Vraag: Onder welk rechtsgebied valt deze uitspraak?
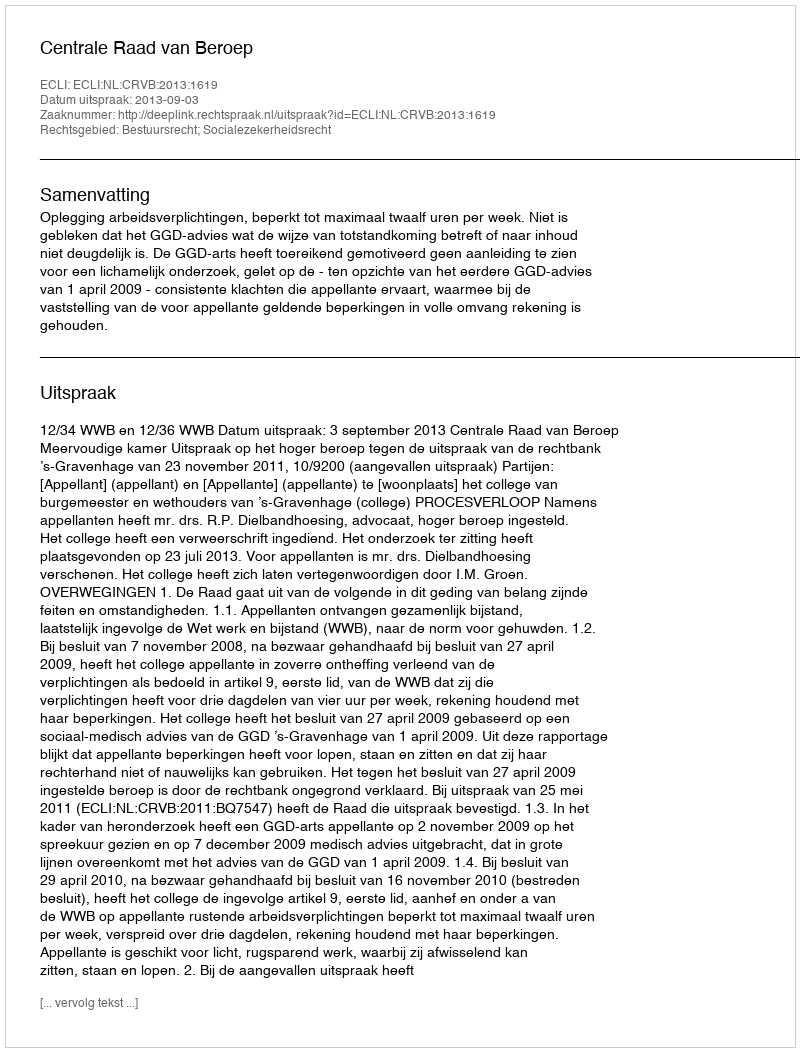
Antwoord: Bestuursrecht; Socialezekerheidsrecht